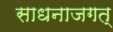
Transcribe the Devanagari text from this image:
साधनाजगत्